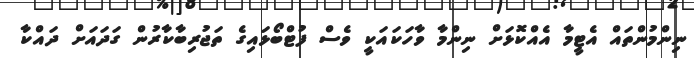
ނިންމުންތައް އެޓީމާ އެއްކޮޅަށް ނިންމާ ވާހަކައަކީ ވެސް ފުޓްބޯޅައިގެ ތަޖުރިބާކާރުން ގަދައަށް ދައްކާ